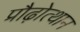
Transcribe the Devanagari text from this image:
प्रौढ़ोत्थान